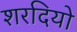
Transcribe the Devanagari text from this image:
शरदियो